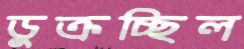
ডুক্‌রচ্ছিল